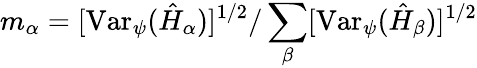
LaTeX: m_{\alpha}=[\mathrm{Var}_{\psi}(\hat{H}_{\alpha})]^{1/2}/\sum_{\beta}[\mathrm{Var}_{\psi}(\hat{H}_{\beta})]^{1/2}